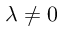
\lambda \neq 0